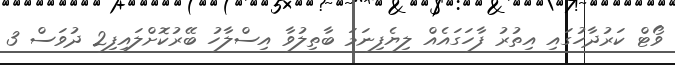
ވޯޓް ކަރުދާހުގައި އިތުރު ފާހަގައެއް ލިޔެފިނަމަ ބާތިލުވާ އިސްލާހު ބޭރުކޮށްލައިފި2 ދުވަސް 3